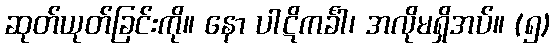
ဆုတ်ယုတ်ခြင်းကို။ နော ပါဋိကင်္ခါ၊ အလိုမရှိအပ်။ (၅)